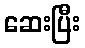
ဆေးပြီး